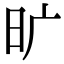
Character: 旷